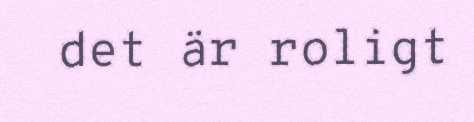
det är roligt